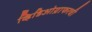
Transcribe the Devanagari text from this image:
व्हिडिओग्राफरची